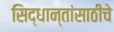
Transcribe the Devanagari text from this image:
सिद्धान्तांसाठीचे